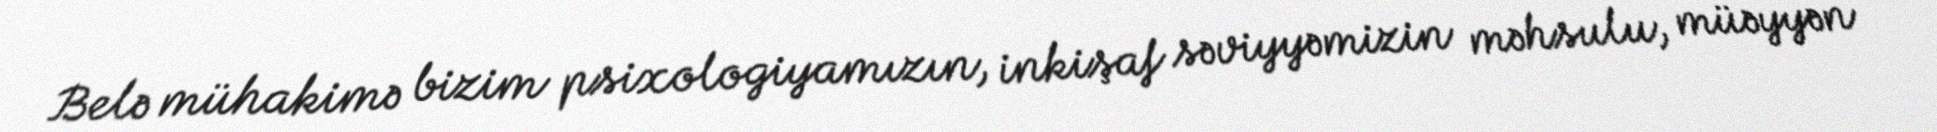
Belə mühakimə bizim psixologiyamızın, inkişaf səviyyəmizin məhsulu, müəyyən